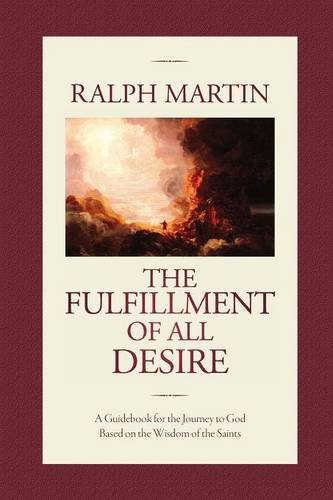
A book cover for The Fulfillment of All Desire; Ralph Martin; Christian Books & Bibles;